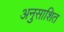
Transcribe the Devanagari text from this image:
अनुसाशित